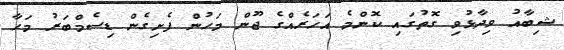
ޝިބާއު ވިދާޅުވި ގޮތުގައި ކޮންމެ އަހަރެއްގެ ޖޫން މަހުން ފެށިގެން ޑިސެމްބަރު މަހާ